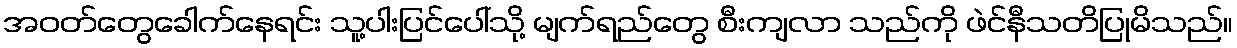
အဝတ်တွေခေါက်နေရင်း သူ့ပါးပြင်ပေါ်သို့ မျက်ရည်တွေ စီးကျလာ သည်ကို ဖဲင်နီသတိပြုမိသည်။